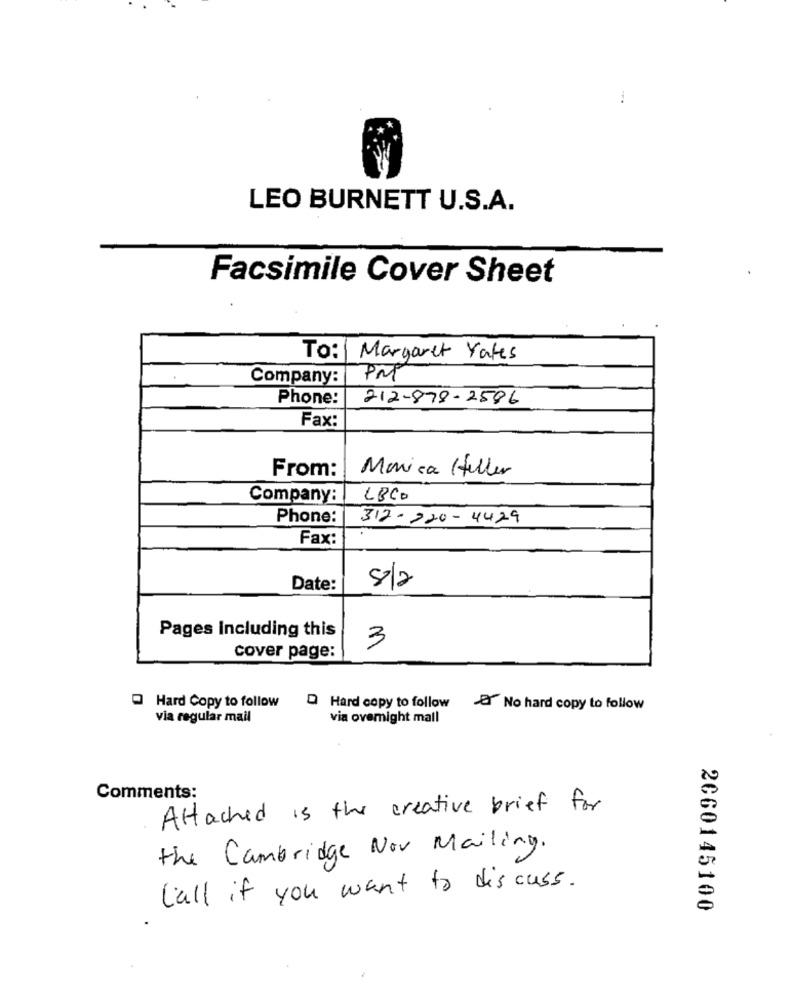
LEO BURNETT U.S.A.
Facsimile Cover Sheet
To: | Margaret Yafes
Company:
PM
Phone:
212-878-2586
Fax:
Monica Heller
From:
Company:
LBCD
Phone:
312-220-4429
Fax:
8/2
Date:
Pages Including this
3
cover page:
Hard Copy to follow
Hard copy to follow & No hard copy to follow
via regular mail
via ovemight mall
Comments:
Attached is the creative brief for
the Cambridge Nov Mailing.
Call if you want to discuss.
2060145100